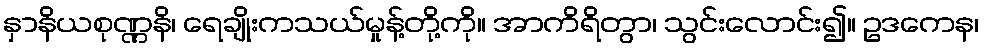
နှာနိယစုဏ္ဏနိ၊ ရေချိုးကသယ်မှုန့်တို့ကို။ အာကိရိတွာ၊ သွင်းလောင်း၍။ ဥဒကေန၊